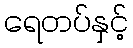
ရေတပ်နှင့်